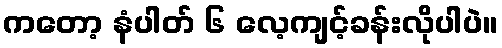
ကတော့ နံပါတ် ၆ လေ့ကျင့်ခန်းလိုပါပဲ။